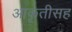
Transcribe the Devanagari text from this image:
आकृतीसह